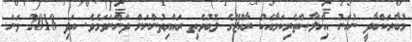
މުބާރަކްބާދީ ނުހަނު އިޚްލާޞްތެރިކަމާއެކު ރާއްޖޭގެ ލޮބުވެތި ރައްޔިތުންނަށް ދަންނަވަމެވެ. އަދި 2018 ވަނަ